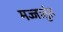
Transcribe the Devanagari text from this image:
मज्जातुंत